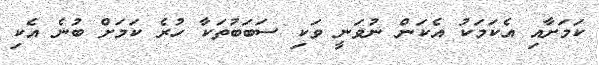
ކަމަށާއި އެކަމަކު އެކަން ނުވަނީ ވަކި ސަބަބުތަކާ ހުރެ ކަމަށް ބުނެ އެކި